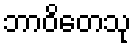
ဘာဝိတေသု